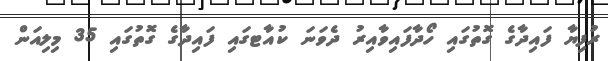
ރުފިޔާ ފައިދާގެ ގޮތުގައި ހޯދާފައިވާއިރު ދެވަނަ ކުއާޓގައި ފައިދާގެ ގޮތުގައި 35 މިލިއަން